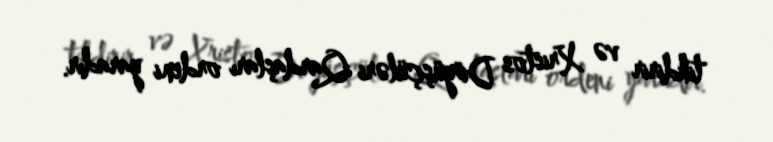
tikdirir və Xristos Döyüşçüləri Qardaşları ordeni yaradır.